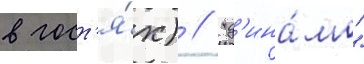
в гост'я́х) / "д'ина́мо"